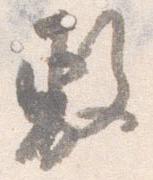
敷